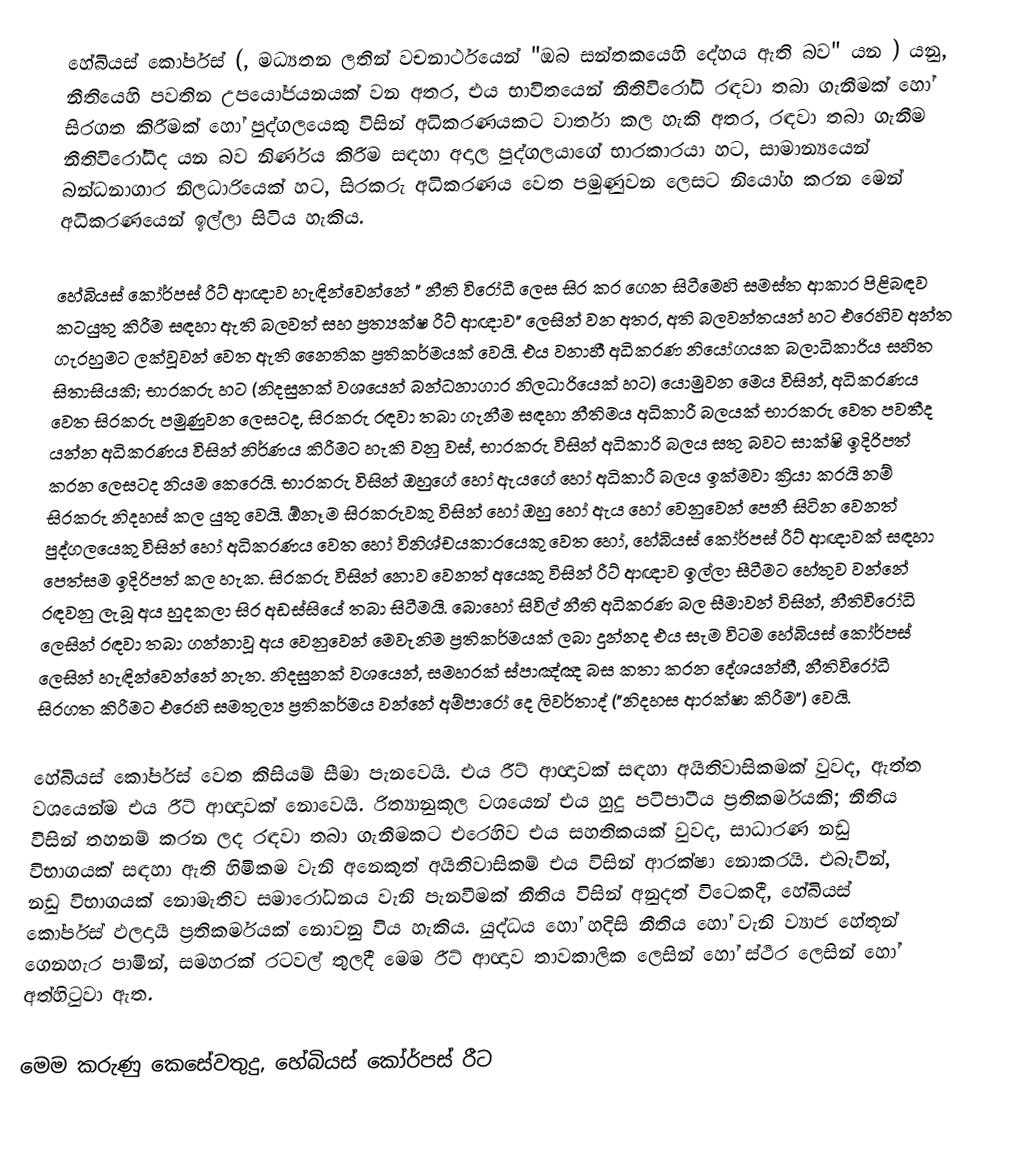
හේබියස් කෝර්පස් (, මධ්‍යතන ලතින් වචනාර්ථයෙන් "ඔබ සන්තකයෙහි දේහය ඇති බව" යන ) යනු,  නීතියෙහි පවතින උපයෝජයනයක් වන අතර, එය භාවිතයෙන් නීතිවිරෝධි රඳවා තබා ගැනීමක් හෝ සිරගත කිරීමක් හෝ පුද්ගලයෙකු විසින් අධිකරණයකට වාර්තා කල හැකි අතර, රඳවා තබා ගැනීම නීතිවිරෝධීද යන බව නිර්ණය කිරීම සඳහා අදාල පුද්ගලයාගේ භාරකාරයා හට, සාමාන්‍යයෙන් බන්ධනාගාර නිලධාරියෙක් හට, සිරකරු අධිකරණය වෙත පමුණුවන ලෙසට නියෝග කරන මෙන් අධිකරණයෙන් ඉල්ලා සිටිය හැකිය.

හේබියස් කෝර්පස් රීට් ආඥාව හැඳින්වෙන්නේ " නීති වි‍රෝධී ලෙස සිර කර ගෙන සිටීමෙහි සමස්ත ආකාර පිළිබඳව කටයුතු කිරීම සඳහා ඇති බලවත් සහ ප්‍රත්‍යක්ෂ  රීට් ආඥාව" ලෙසින් වන අතර, අති බලවන්තයන් හට එරෙහිව අන්ත ගැරහුමට ලක්වූවන් වෙත ඇති නෛතික ප්‍රතිකර්මයක් වෙයි. එය වනාහී  අධිකරණ නියෝගයක බලාධිකාරිය සහිත සිතාසියකි; භාරකරු හට (නිදසුනක් වශයෙන් බන්ධනාගාර නිලධාරියෙක් හට) යොමුවන මෙය විසින්, අධිකරණය වෙත සිරකරු පමුණුවන ලෙසටද, සිරකරු රඳවා තබා ගැනීම සඳහා නීතිමය අධිකාරී බලයක් භාරකරු වෙත පවතීද යන්න අධිකරණය විසින් නිර්ණය කිරීමට හැකි වනු වස්, භාරකරු විසින් අධිකාරි බලය සතු බවට සාක්ෂි ඉදිරිපත් කරන ලෙසටද නියම කෙරෙයි. භාරකරු විසින් ඔහුගේ හෝ ඇයගේ හෝ අධිකාරී බලය ඉක්මවා ක්‍රියා කරයි නම් සිරකරු නිදහස් කල යුතු වෙයි. ඕනෑම සිරකරුවකු විසින් හෝ ඔහු හෝ ඇය හෝ වෙනුවෙන් පෙනී සිටින වෙනත් පුද්ගලයෙකු විසින් හෝ අධිකරණය වෙත හෝ විනිශ්චයකාරයෙකු වෙත හෝ,  හේබියස් කෝර්පස් රීට් ආඥාවක් සඳහා  පෙත්සම ඉදිරිපත් කල හැක. සිරකරු විසින් නොව වෙනත් අයෙකු විසින් රීට් ආඥාව ඉල්ලා සීටීමට හේතුව වන්නේ රඳවනු ලැබූ අය හුදකලා සිර අඩස්සියේ තබා සිටීමයි. බොහෝ සිවිල් නීති අධිකරණ බල සීමාවන් විසින්, නීතිවිරෝධි ලෙසින් රඳවා තබා ගන්නාවූ අය වෙනුවෙන් මෙවැනිම ප්‍රතිකර්මයක් ලබා දුන්නද එය සැම විටම හේබියස් කෝර්පස් ලෙසින් හැඳින්වෙන්නේ නැත.  නිදසුනක් වශයෙන්, සමහරක් ස්පාඤ්ඤ බස කතා කරන දේශයන්හී, නීතිවිරෝධී සිරගත කිරීමට එරෙහි සමතුල්‍ය ප්‍රතිකර්මය වන්නේ  අම්පාරෝ දෙ ලිවර්තාද් ("නිදහස ආරක්ෂා කිරීම") වෙයි.

හේබියස් කෝර්පස් වෙත කිසියම් සීමා පැනවෙයි. එය රීට් ආඥාවක් සඳහා  අයිතිවාසිකමක් වුවද, ඇත්ත වශයෙන්ම එය  රීට් ආඥාවක් නොවෙයි.  රිත්‍යානුකූල වශයෙන් එය හුදු පටිපාටීය ප්‍රතිකර්මයකි;  නීතිය විසින් තහනම් කරන ලද රඳවා තබා ගැනීමකට එරෙහිව එය සහතිකයක් වුවද,  සාධාරණ නඩු විභාගයක් සඳහා ඇති හිමිකම වැනි අනෙකුත් අයිතිවාසිකම් එය විසින් ආරක්ෂා නොකරයි. එබැවින්, නඩු විභාගයක් නොමැතිව සමාරෝධනය වැනි පැනවීමක් නීතිය විසින්  අනුදත් විටෙකදී, හේබියස් කෝර්පස් ඵලදායී ප්‍රතිකර්මයක් නොවනු විය හැකිය. යුද්ධය හෝ හදිසි නීතිය හෝ වැනි ව්‍යාජ හේතූන් ගෙනහැර පාමින්, සමහරක් රටවල් තුලදී මෙම රීට් ආඥාව තාවකාලික ලෙසින් හෝ ස්ථීර ලෙසින් හෝ අත්හිටුවා ඇත.

මෙම කරුණු කෙසේවතුදු,  හේබියස් කෝර්පස් රීට